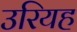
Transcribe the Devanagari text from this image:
उरियह